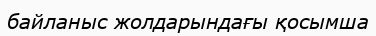
байланыс жолдарындағы қосымша